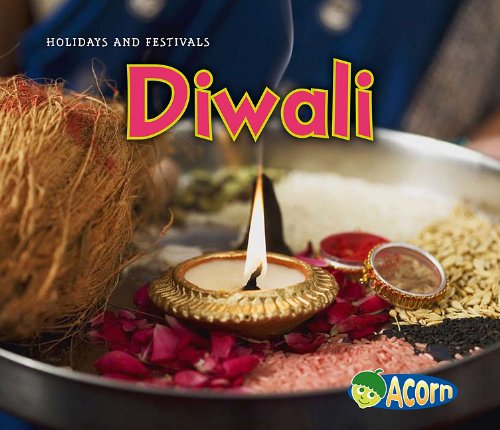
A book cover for Diwali (Holidays and Festivals); Nancy Dickmann; Children's Books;